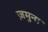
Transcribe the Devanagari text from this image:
ज़मुना